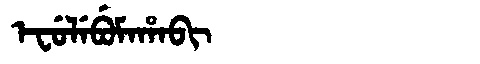
Manchu: ᡝᠸᡠᠯᡝᠪᡠᠮᠠᡥᠠᠪᡳ
Romanization: EFULEBUMAHABI